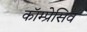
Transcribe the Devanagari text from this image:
कॉम्प्रेसिव